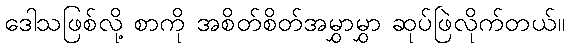
ဒေါသဖြစ်လို့ စာကို အစိတ်စိတ်အမွှာမွှာ ဆုပ်ဖြဲလိုက်တယ်။